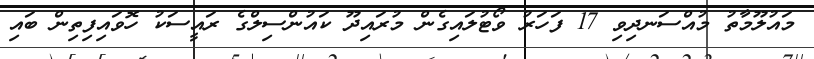
މައުލޫމާތު މުއްސަނދިވި 17 ފަހަރު ވޯޓުލައިގެން މުރައިދޫ ކައުންސިލްގެ ރައީސަކު ހޮވައިފިތިން ބައި